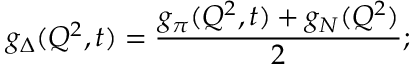
g _ { \Delta } ( Q ^ { 2 } , t ) = \frac { g _ { \pi } ( Q ^ { 2 } , t ) + g _ { N } ( Q ^ { 2 } ) } { 2 } ;